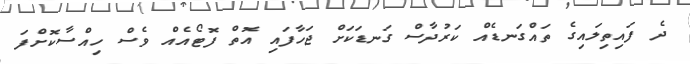
ދެ ފައިތިލައިގެ ތައްގަނޑެއް ކަރުދާސް ގަނޑަކަށް ޖަހާފައި އޮތް ފޮޓޯއެއް ވެސް ހިއްސާކޮށްފަ